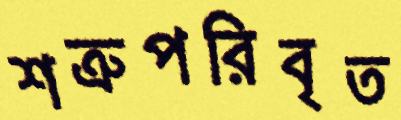
শত্রুপরিবৃত